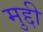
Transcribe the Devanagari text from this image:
मुद्दी